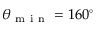
\theta _ { \mathrm { ~ m ~ i ~ n ~ } } = 1 6 0 ^ { \circ }